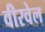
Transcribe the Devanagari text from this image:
वीरवेल